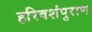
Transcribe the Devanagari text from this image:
हरिवशंपुराण